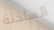
الساخنة